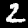
Digit: 2